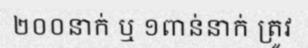
២០០នាក់ ឬ ១ពាន់នាក់ ត្រូវ